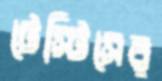
টেস্টিসের